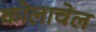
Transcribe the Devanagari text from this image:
कोलाचेल